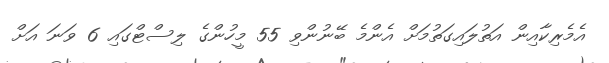
އެމެރިކާއިން އަތުލައިގަތުމަށް އެންމެ ބޭނުންވި 55 މީހުންގެ ލިސްޓްގައި 6 ވަނަ އަށް